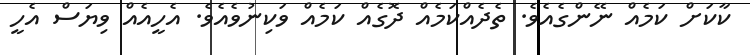
ކާކަށް ކަމެއް ނޭންގެއެވެ. ތެދެއްކަމެއް ދޮގެއް ކަމެއް ވަކިނުވެއެވެ. އެހީއެއް ވިޔަސް އެހީ